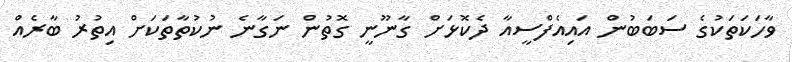
ވާހަކަތަކުގެ ސަބަބުން އައިއެފްސީއާ ދެކޮޅަށް ގާނޫނީ ގޮތުން ނަގާނެ ނުކުތާތަކަށް އިތުރު ބާރެއް